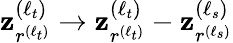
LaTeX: \mathbf{z}_{r^{(\ell_{t})}}^{(\ell_{t})}\to\mathbf{z}_{r^{(\ell_{t})}}^{(\ell_{t})}-\mathbf{z}_{r^{(\ell_{s})}}^{(\ell_{s})}